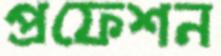
প্রফেশন